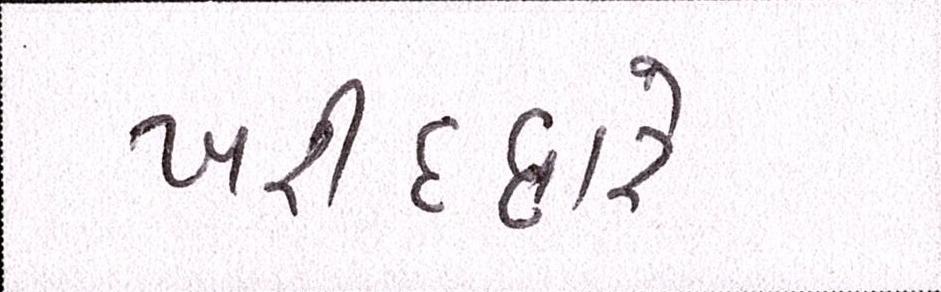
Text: ખરીદદારે